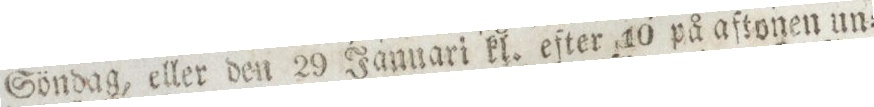
Söndag, eller den 29 Januari kl. eſter 10 på aftonen un=